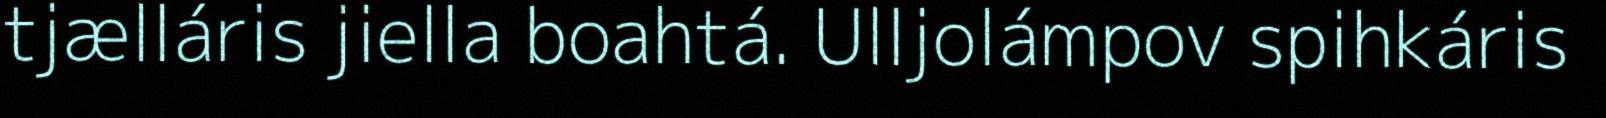
tjælláris jiella boahtá. Ulljolámpov spihkáris